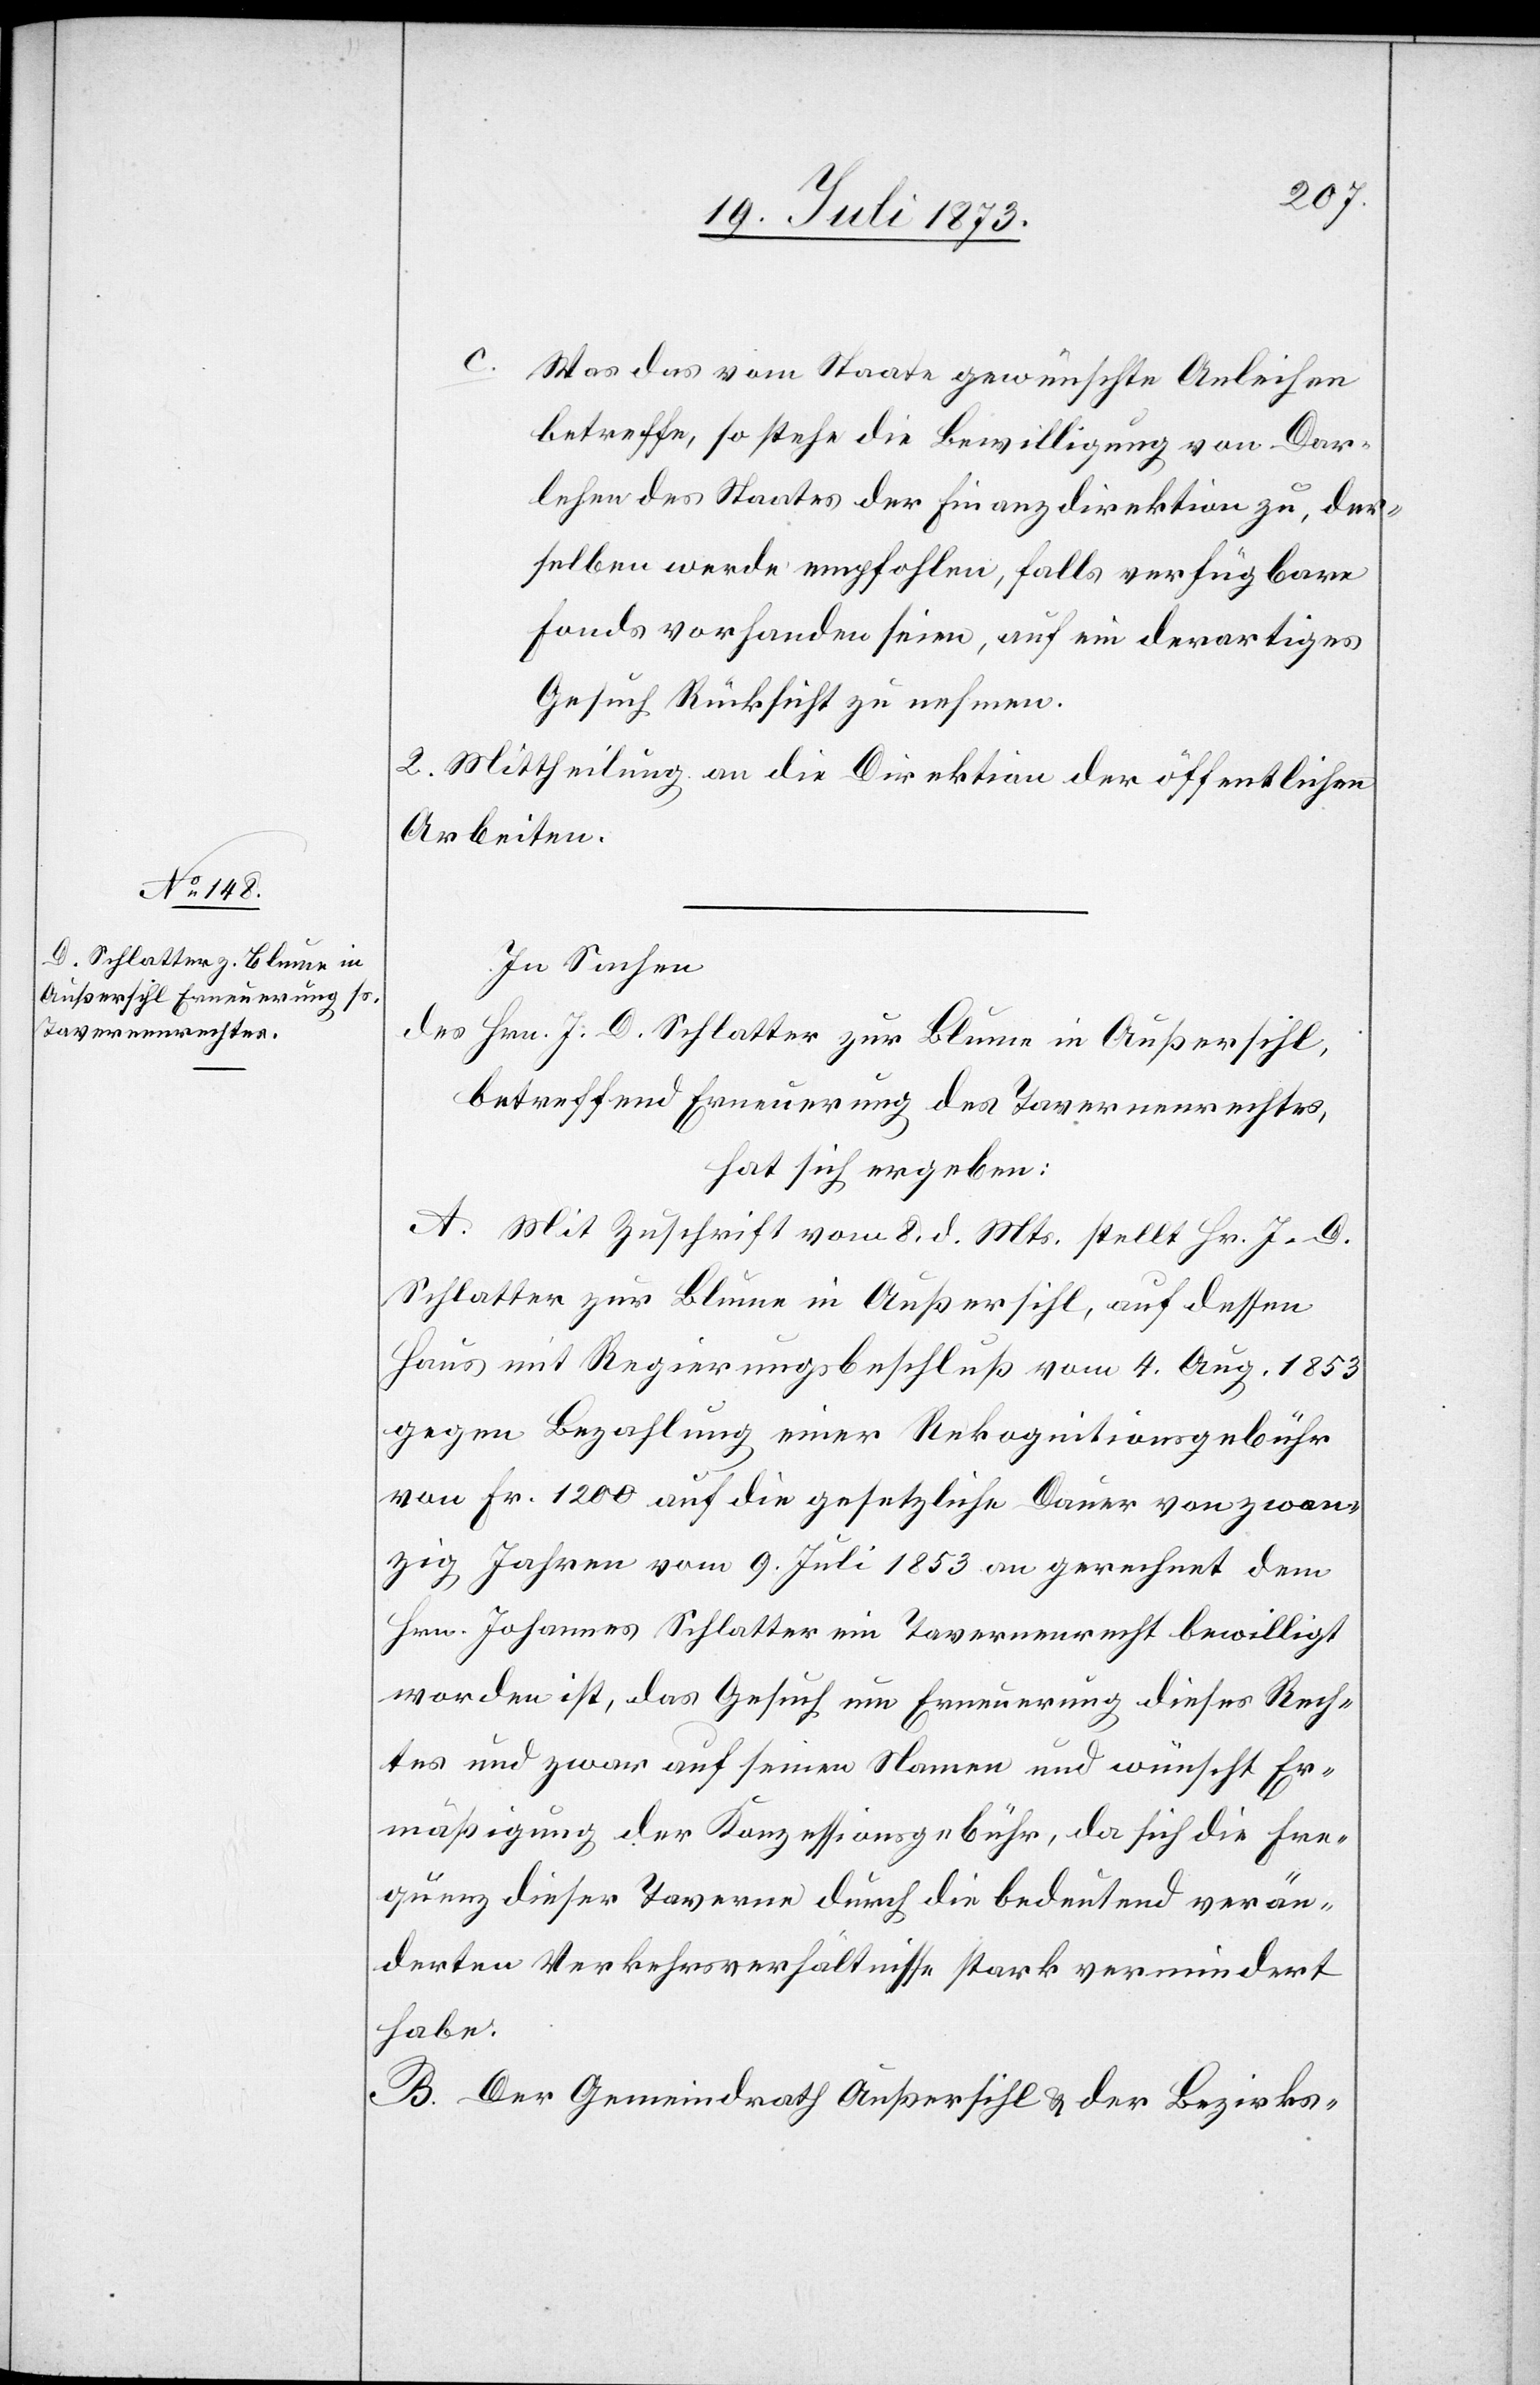
c.
Was das vom Staate gewünschte Anleihen
betreffe, so stehe die Bewilligung von Dar¬
lehen des Staates der Finanzdirektion zu, der¬
selben werde empfohlen, falls verfügbare
Fonds vorhanden seien, auf ein derartiges
Gesuch Rücksicht zu nehmen.
2. Mittheilung an die Direktion der öffentlichen
Arbeiten.
In Sachen
des Hrn. J. D. Schlatter zur Blume in Außersihl,
betreffend Erneuerung des Tavernenrechtes,
hat sich ergeben:
A. Mit Zuschrift vom 8. d. Mts. stellt Hr. J. D.
Schlatter zur Blume in Außersihl, auf dessen
Haus mit Regierungsbeschluß vom 4. Aug. 1853
gegen Bezahlung einer Rekognitionsgebühr
von Fr. 1 200 auf die gesetzliche Dauer von zwan¬
zig Jahren vom 9. Juli 1853 an gerechnet dem
Hrn. Johannes Schlatter ein Tavernenrecht bewilligt
worden ist, das Gesuch um Erneuerung dieses Rech¬
tes und zwar auf seinen Namen und wünscht Er¬
mäßigung der Konzessionsgebühr, da sich die Fre¬
quenz dieser Taverne durch die bedeutend verän¬
derten Verkehrsverhältnisse stark vermindert
habe.
B. Der Gemeindrath Außersihl & der Bezirks-